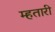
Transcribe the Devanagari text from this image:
म्हतारी